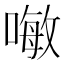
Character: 𠽊